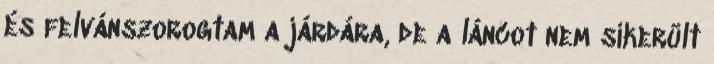
és felvánszorogtam a járdára, de a láncot nem sikerült